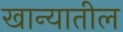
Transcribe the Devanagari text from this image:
खान्यातील